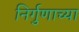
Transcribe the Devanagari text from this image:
निर्गुणाच्या